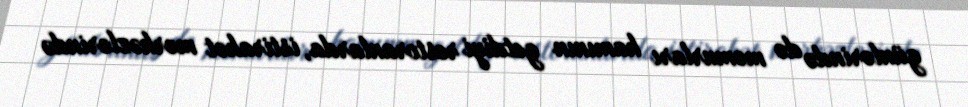
günlərində də məmurları hamının getdiyi restoranlarda, istirahət mərkəzlərində